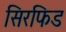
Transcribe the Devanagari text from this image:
सिरफिड